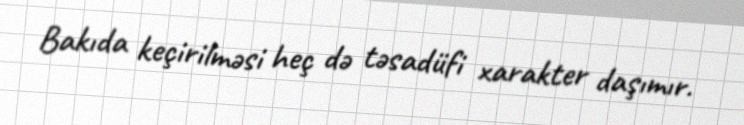
Bakıda keçirilməsi heç də təsadüfi xarakter daşımır.